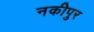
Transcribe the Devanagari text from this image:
नकीपुर